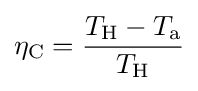
\eta _{\text{C}}={\frac {T_{\text{H}}-T_{\text{a}}}{T_{\text{H}}}}